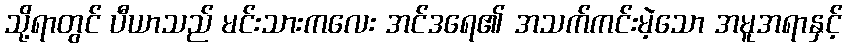
သို့ရာတွင် ပီယာသည် မင်းသားကလေး အင်ဒရေ၏ အသက်ကင်းမဲ့သော အမူအရာနှင့်